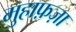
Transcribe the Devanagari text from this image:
मुहाफ़ज़ा